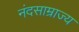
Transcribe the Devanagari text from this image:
नंदसाम्राज्य